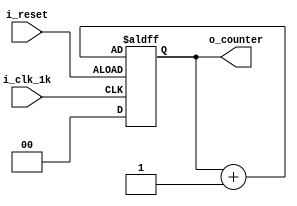
module counterFND(
    input i_clk_1k,
    input i_reset,

    output [1:0] o_counter
    );

    reg [1:0] r_counter;
    assign o_counter = r_counter;

    always @(posedge i_clk_1k or posedge i_reset) begin
        if (!i_reset) begin
            r_counter <= 0;
        end
        else begin
            r_counter <= r_counter + 1;
            
        end
        
    end

endmodule